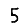
Digit: 5